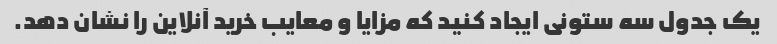
یک جدول سه ستونی ایجاد کنید که مزایا و معایب خرید آنلاین را نشان دهد.